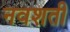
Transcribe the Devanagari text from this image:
नवशती